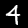
Label: 4